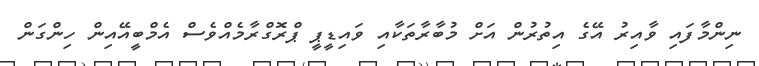
ނިންމާފައި ވާއިރު އޭގެ އިތުރުން އަށް މުބާރާތަކާއި ވައިޑީޕީ ޕްރޮގްރާމެއްވެސް އެމްބީއޭއިން ހިންގަން